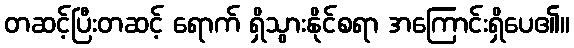
တဆင့်ပြီးတဆင့် ရောက် ရှိသွားနိုင်စရာ အကြောင်းရှိပေ၏။